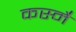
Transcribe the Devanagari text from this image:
कस्मै॑